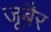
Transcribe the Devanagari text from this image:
जूबैर